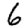
Digit: 6